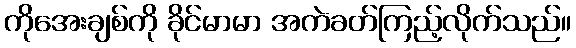
ကိုအေးချစ်ကို ခိုင်မာမာ အကဲခတ်ကြည့်လိုက်သည်။